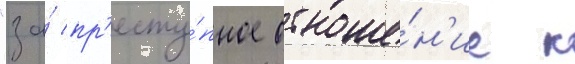
"за́ пр'есту́пное отноше́н'ие к